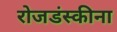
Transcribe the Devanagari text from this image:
रोजडंस्कीना